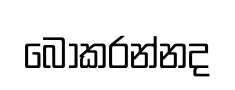
බෝකරන්නද